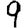
Digit: 9